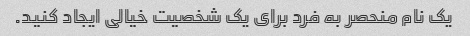
یک نام منحصر به فرد برای یک شخصیت خیالی ایجاد کنید.